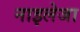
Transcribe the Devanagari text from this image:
नाइलेजा